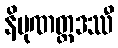
နိပုဏတ္ထဒဿီ